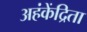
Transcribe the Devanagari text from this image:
अहंकेंद्रिता